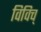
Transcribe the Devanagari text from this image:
विविच्